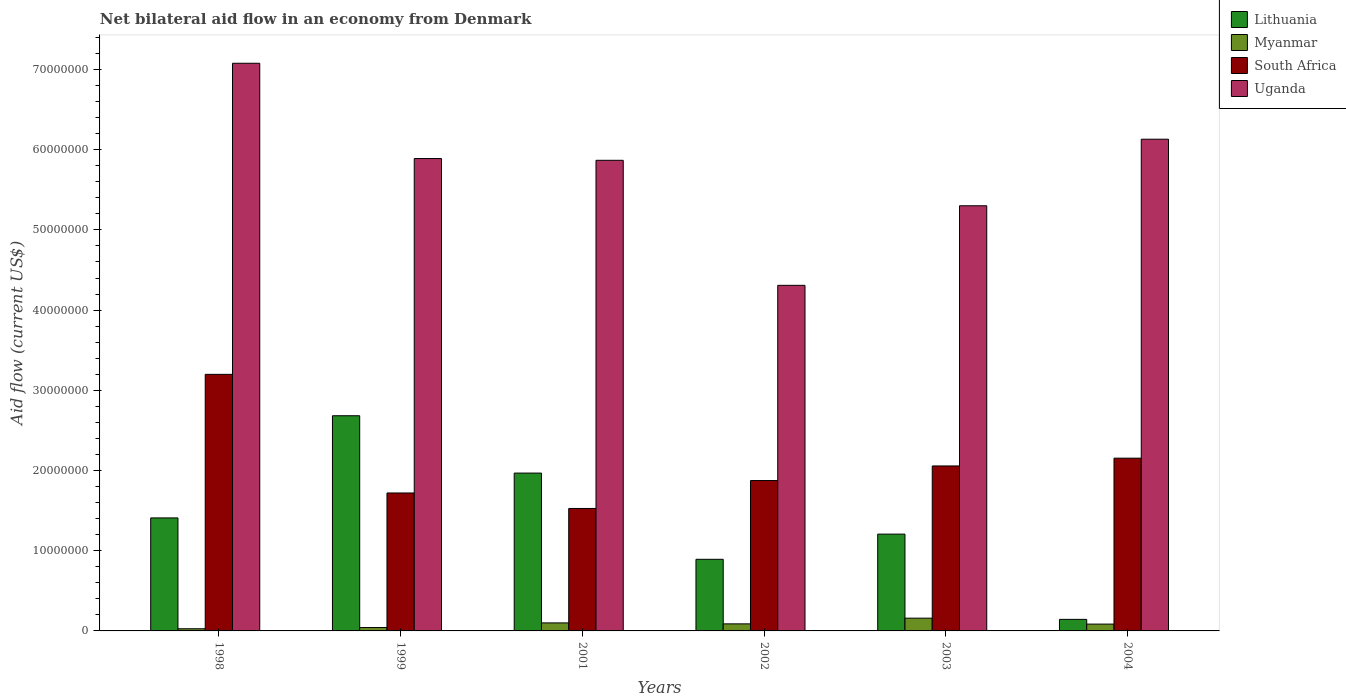
| Years | Lithuania | Myanmar | South Africa | Uganda |
 | --- | --- | --- | --- | --- |
 | 1998 | 1.41e+07 | 2.7e+05 | 3.2e+07 | 7.08e+07 |
 | 1999 | 2.68e+07 | 4.2e+05 | 1.72e+07 | 5.89e+07 |
 | 2001 | 1.97e+07 | 1e+06 | 1.53e+07 | 5.87e+07 |
 | 2002 | 8.93e+06 | 8.8e+05 | 1.88e+07 | 4.31e+07 |
 | 2003 | 1.21e+07 | 1.59e+06 | 2.06e+07 | 5.3e+07 |
 | 2004 | 1.44e+06 | 8.5e+05 | 2.15e+07 | 6.13e+07 |